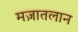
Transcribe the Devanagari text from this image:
मज़ातलान